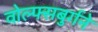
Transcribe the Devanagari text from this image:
वोल्फ्सबुर्गने